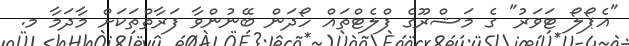
"އެޕޯލޯ ޓަވަރު" ގެ މަޝްރޫގެ ފްލެޓްތައް ހޯދަން ބޭނުންވާ ފަރާތްތަކަށް މާދަމާ މ.